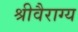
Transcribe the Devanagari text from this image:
श्रीवैराग्य